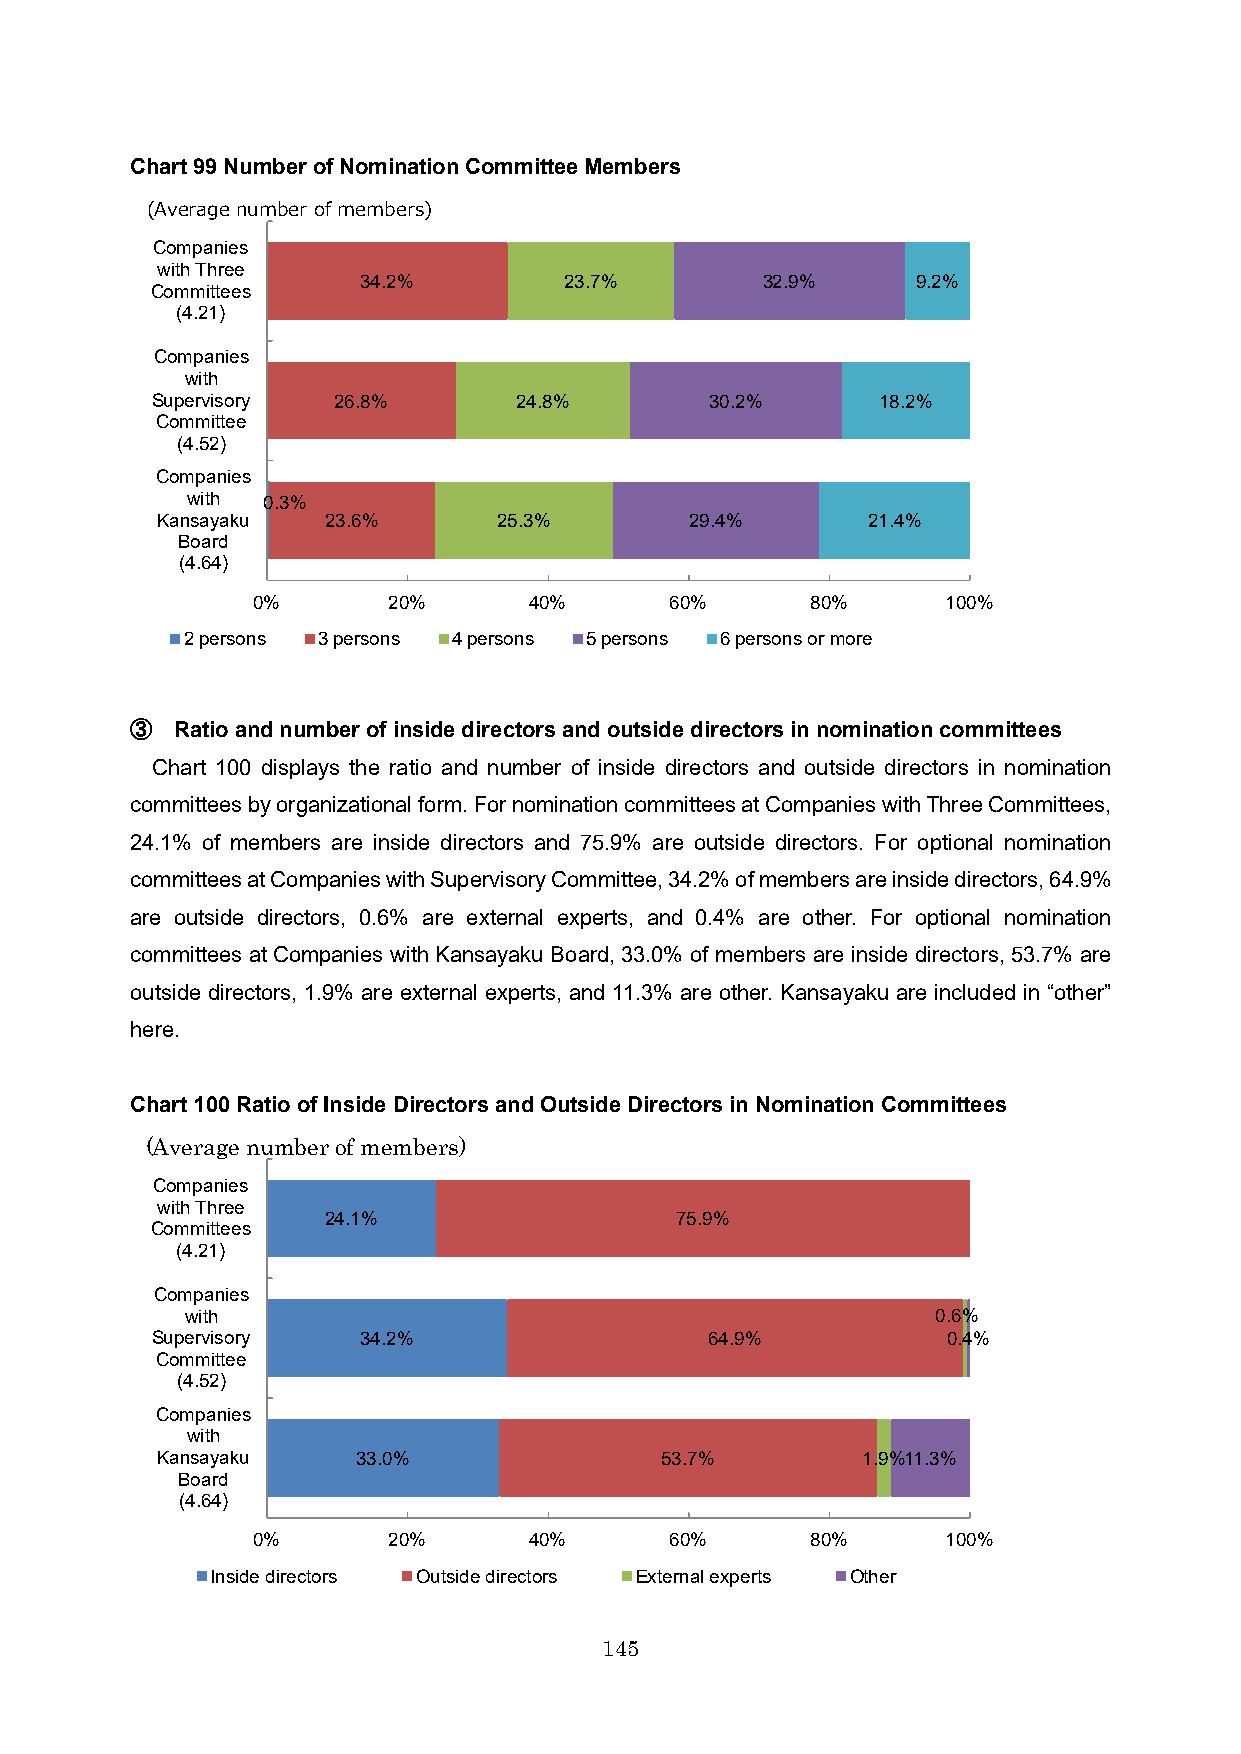
Chart 99Number of Nomination Committee Members
 (Average number of members)
 Companies
 with Three
 34.2%        23.7%        32.9%      9.2%
 Committees
 (4.21)
 Companies
 with
 Supervisory 26.8%       24.8%        30.2%      18.2%
 Committee
 (4.52)
 Companies
 with 0.3%
 Kansayaku   23.6%      25.3%        29.4%      21.4%
 Board
 (4.64)
 0%       20%      40%      60%       80%      100%
 2 persons 3 persons 4 persons 5 persons 6 persons or more
 ③  Ratio and number of inside directors and outside directors in nomination committees
 Chart 100 displays the ratio and number of inside directors and outside directors in nomination
 committees by organizational form. For nomination committees at Companies with Three Committees,
 24.1% of members are inside directors and 75.9% are outside directors. For optional nomination
 committees at Companies with Supervisory Committee, 34.2% of members are inside directors, 64.9%
 are outside directors, 0.6% are external experts, and 0.4% are other. For optional nomination
 committees at Companies with Kansayaku Board, 33.0% of members are inside directors, 53.7% are
 outside directors, 1.9% are external experts, and 11.3% are other. Kansayaku are included in “other”
 here.
 Chart 100Ratio of Inside Directors and Outside Directors in Nomination Committees
 (Average number of members)
 Companies
 with Three
 24.1%                   75.9%
 Committees
 (4.21)
 Companies
 with                                              0.6%
 Supervisory   34.2%                  64.9%           0.4%
 Committee
 (4.52)
 Companies
 with
 Kansayaku     33.0%               53.7%        1.9%11.3%
 Board
 (4.64)
 0%       20%      40%      60%       80%      100%
 Inside directors Outside directors External experts Other
 145